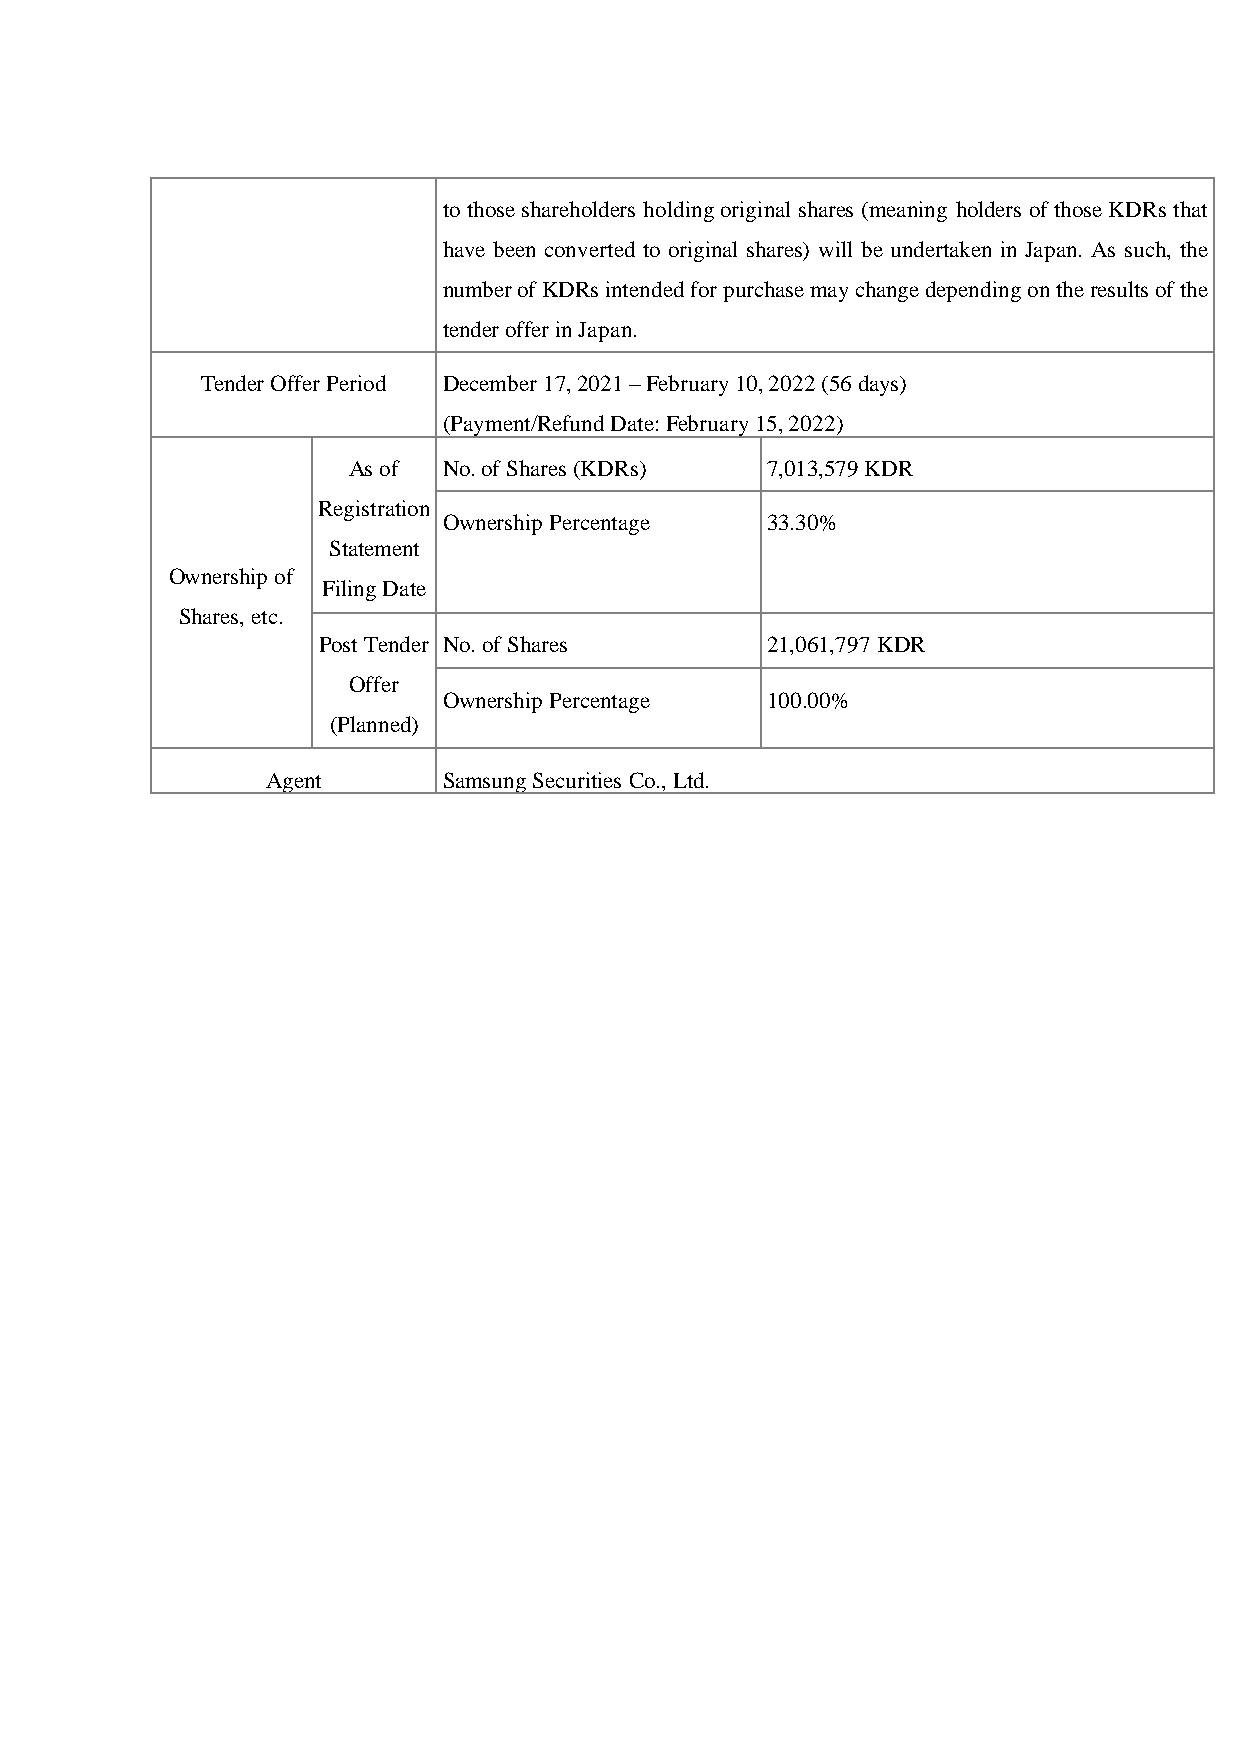
to those shareholders holding original shares (meaning holders of those KDRs that
 have been converted to original shares) will be undertaken in Japan. As such, the
 number of KDRs intended for purchase may change depending on the results of the
 tender offer in Japan.
 Tender Offer Period December 17, 2021 – February 10, 2022 (56 days)
 (Payment/Refund Date: February 15, 2022)
 As of No. of Shares (KDRs)  7,013,579 KDR
 Registration
 Ownership Percentage  33.30%
 Statement
 Ownership of
 Filing Date
 Shares, etc.
 Post Tender No. of Shares     21,061,797 KDR
 Offer
 Ownership Percentage  100.00%
 (Planned)
 Agent      Samsung Securities Co., Ltd.